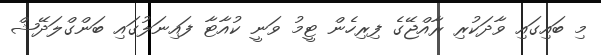
މި ބައިގައި ވާދަކުރި ރާއްޖޭގެ ފިރިހެން ޓީމު ވަނީ ކުއާޓާ ފައިނަލުގައި ބަންގްލަދޭޝް